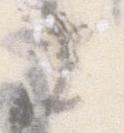
に